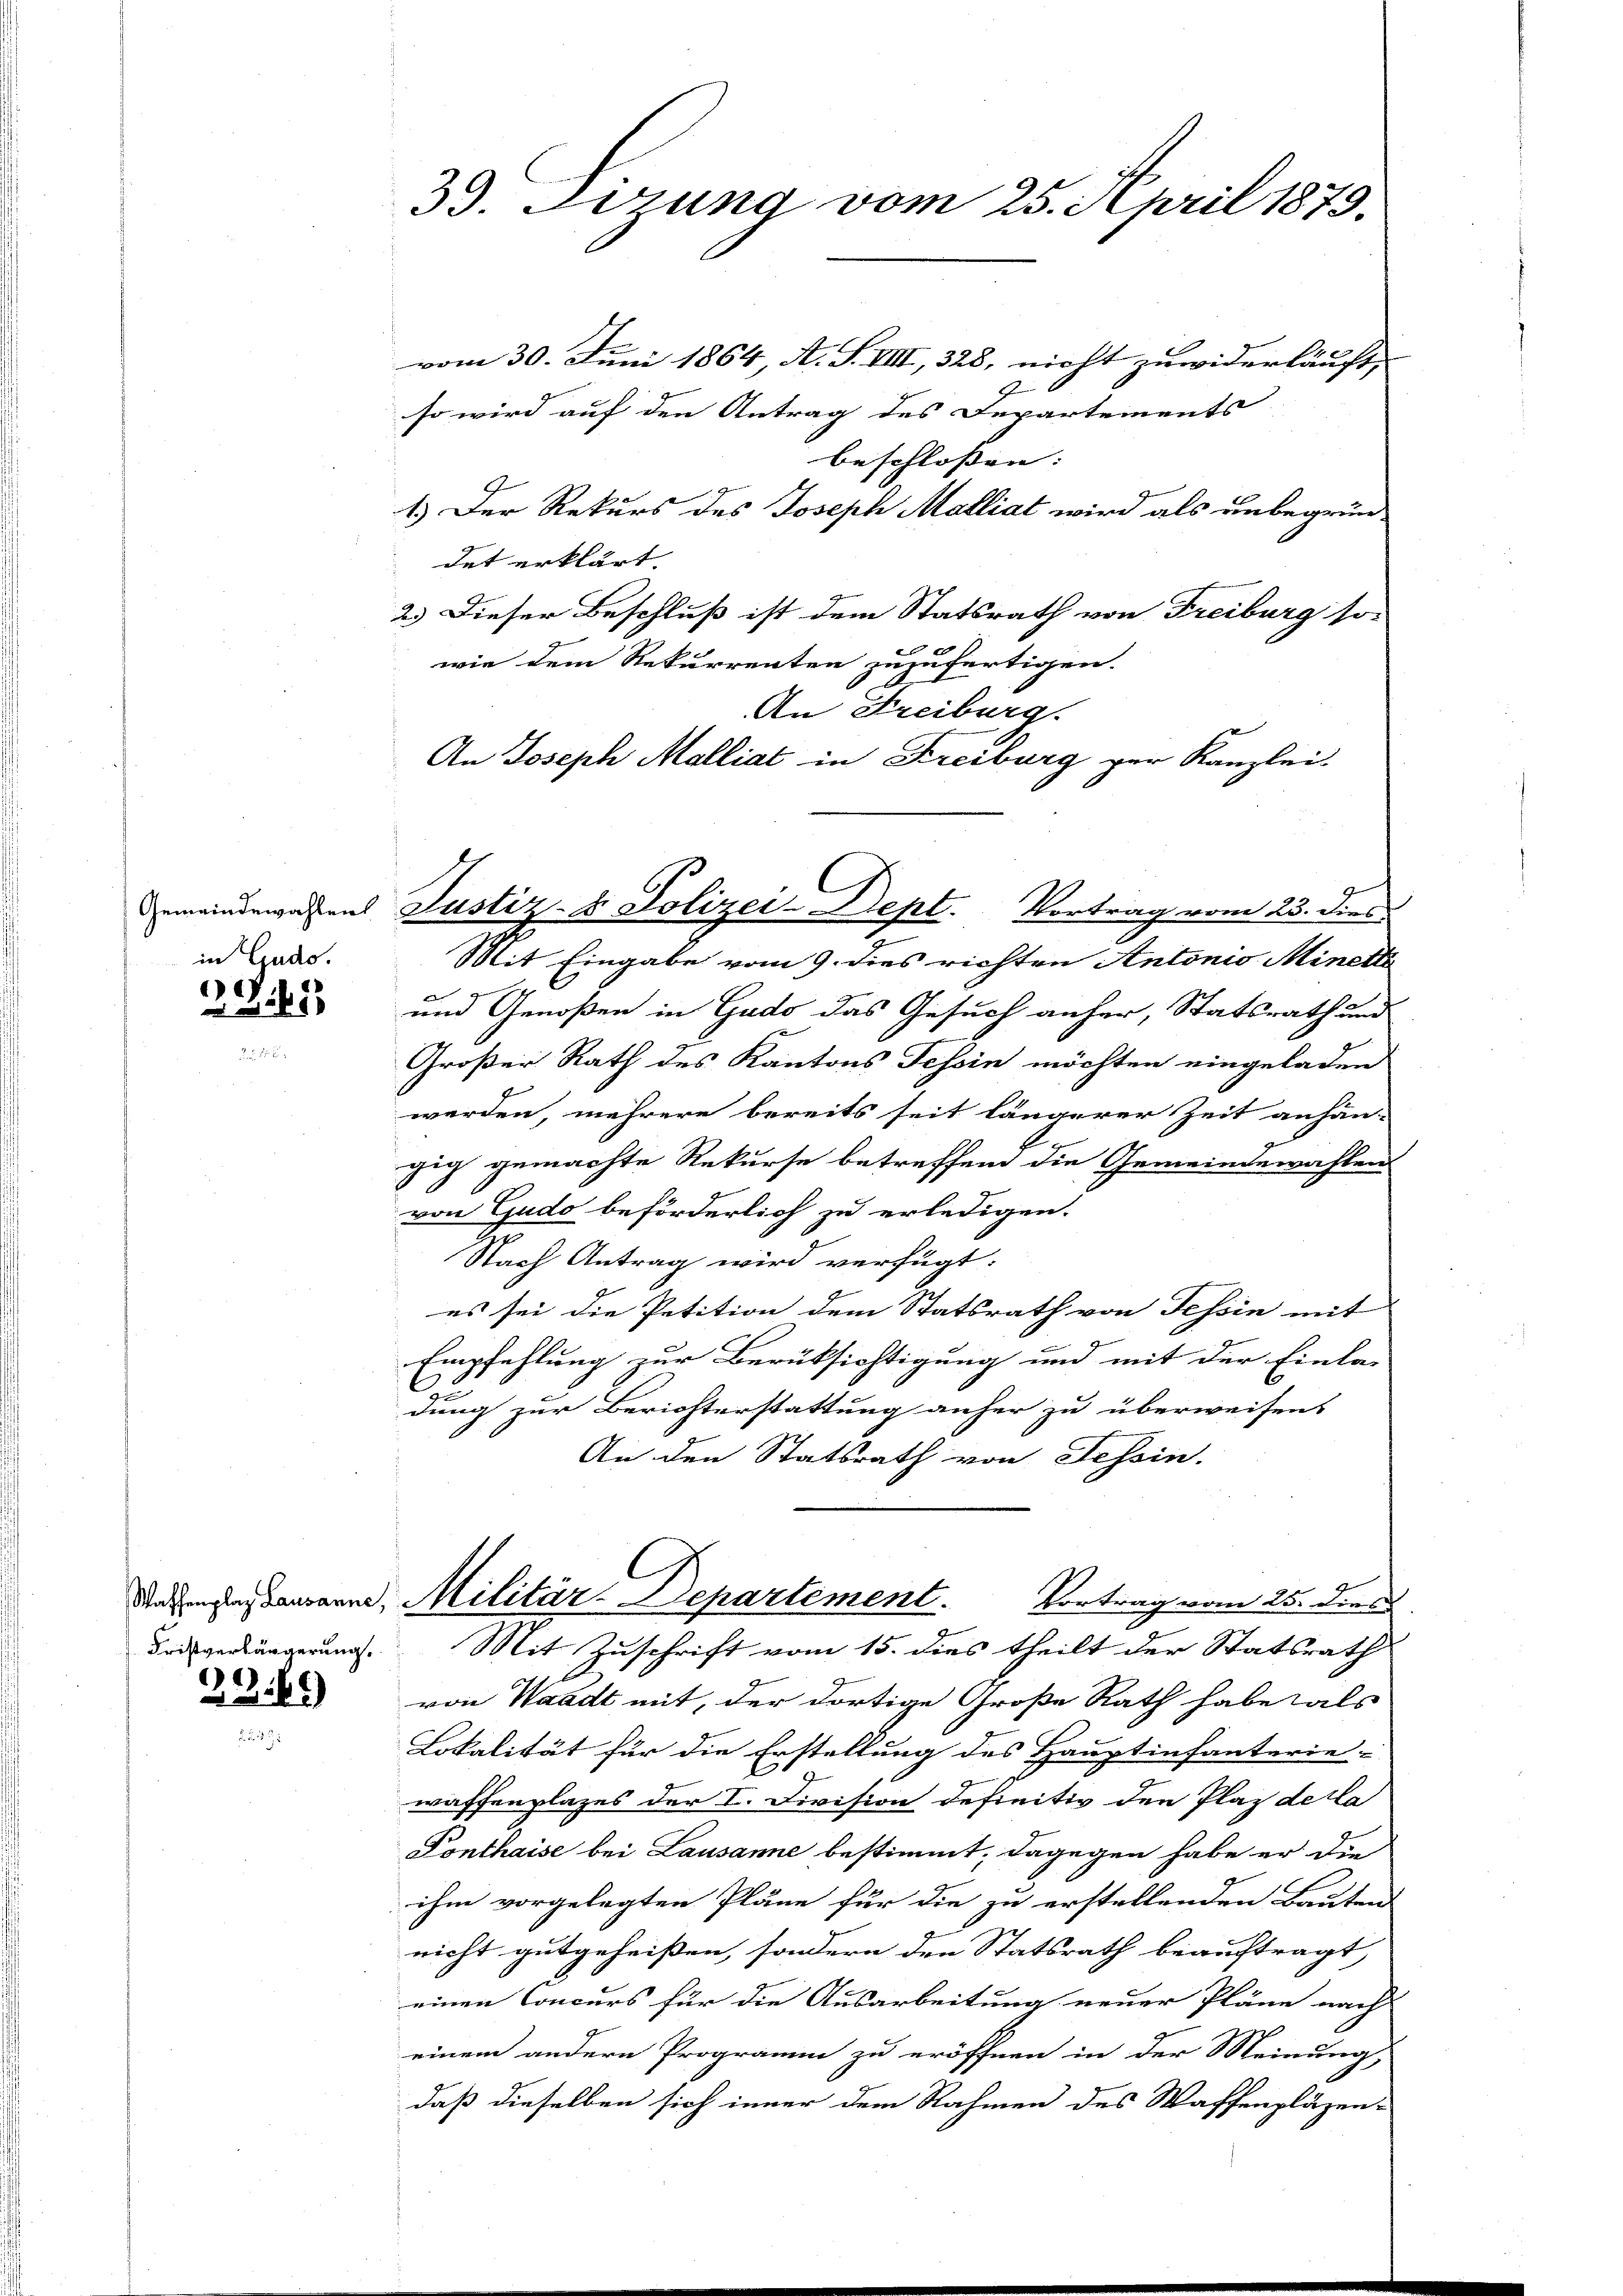
Gemeindewahlen
in Gudo.

e
1

Waffenplaz Lausanne,
Fristverbürgerung.

)
)

33. Derung vom 25. April 1879.

vom 30. Juni 1864, A. S. VIII, 328, nicht zuwiderläuft, |
so wird auf den Antrag des Departements
beschlossen: |
1.) Der Rekurs des Joseph Malliat wird als unbegrün-
det erklärt.
2.) Dieser Beschluß ist dem Statsrath von Freiburg so-
wie dem Rekurrenten zuzufertigen.
An Freiburg.
An Joseph Malliat in Kreiburg zur Kanzlei-

Justiz- & Polizei-Dept. Vortrag vom 23. dies

Mit Eingabe vom 9. dies richten Antonio Minette
und Genoßen in Gudo das Gesuch anher, Statsrath und
Großer Rath des Kantons Tessin möchten eingeladen
werden, mehrere bereits seit längerer Zeit anhän-
sich gemachte Rekurse betreffend die Gemeindewahlen
von Gudo beförderlich zu erledigen.
Nach Antrag wird verfügt:
es sei die Petition dem Statsrath von Tessin mit
Empfehlung zur Berüksichtigung und mit der Einla-
dung zur Berichterstattung anher zu überweisens
An den Statsrath von Tessin.
Militär-Departement. Vortrag vom 25. dies
Mit Zuschrift vom 15. dies theilt der Statsrath
von Waadt mit, der dortige Große Rath habe als
Lokalität für die Erstellung des Hauptinfanterie-
waffenplazes der I. Division definitiv den Plaz de la
Ponthaise bei Lausanne bestimmt, dagegen habe er die
ihm vorgelegten Pläne für die zu erstellenden Bauten
nicht gutgeheißen, sondern den Statsrath beauftragt,
einen Concurs für die Ausarbeitung neuer Pläne nach
einem andern Programm zu eröffnen in der Meinung,
daß dieselben sich inner dem Nahmen des Waffenpläzen-